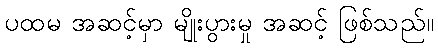
ပထမ အဆင့်မှာ မျိုးပွားမှု အဆင့် ဖြစ်သည်။